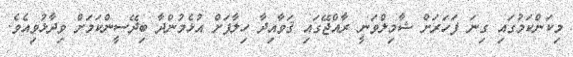
މިކަންކަމުގައި ގިނަ ފަހަރަށް ޝާމިލްވަނީ ރާއްޖޭގައި ޤަވާއިދާ ހިލާފަށް އުޅެމުންދާ ބިދޭސީންކަމަށް ވިދާޅުވިއެވެ.